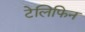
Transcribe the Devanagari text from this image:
टेलिफिन